Leningradi_Edasi_toimetus, lk 12
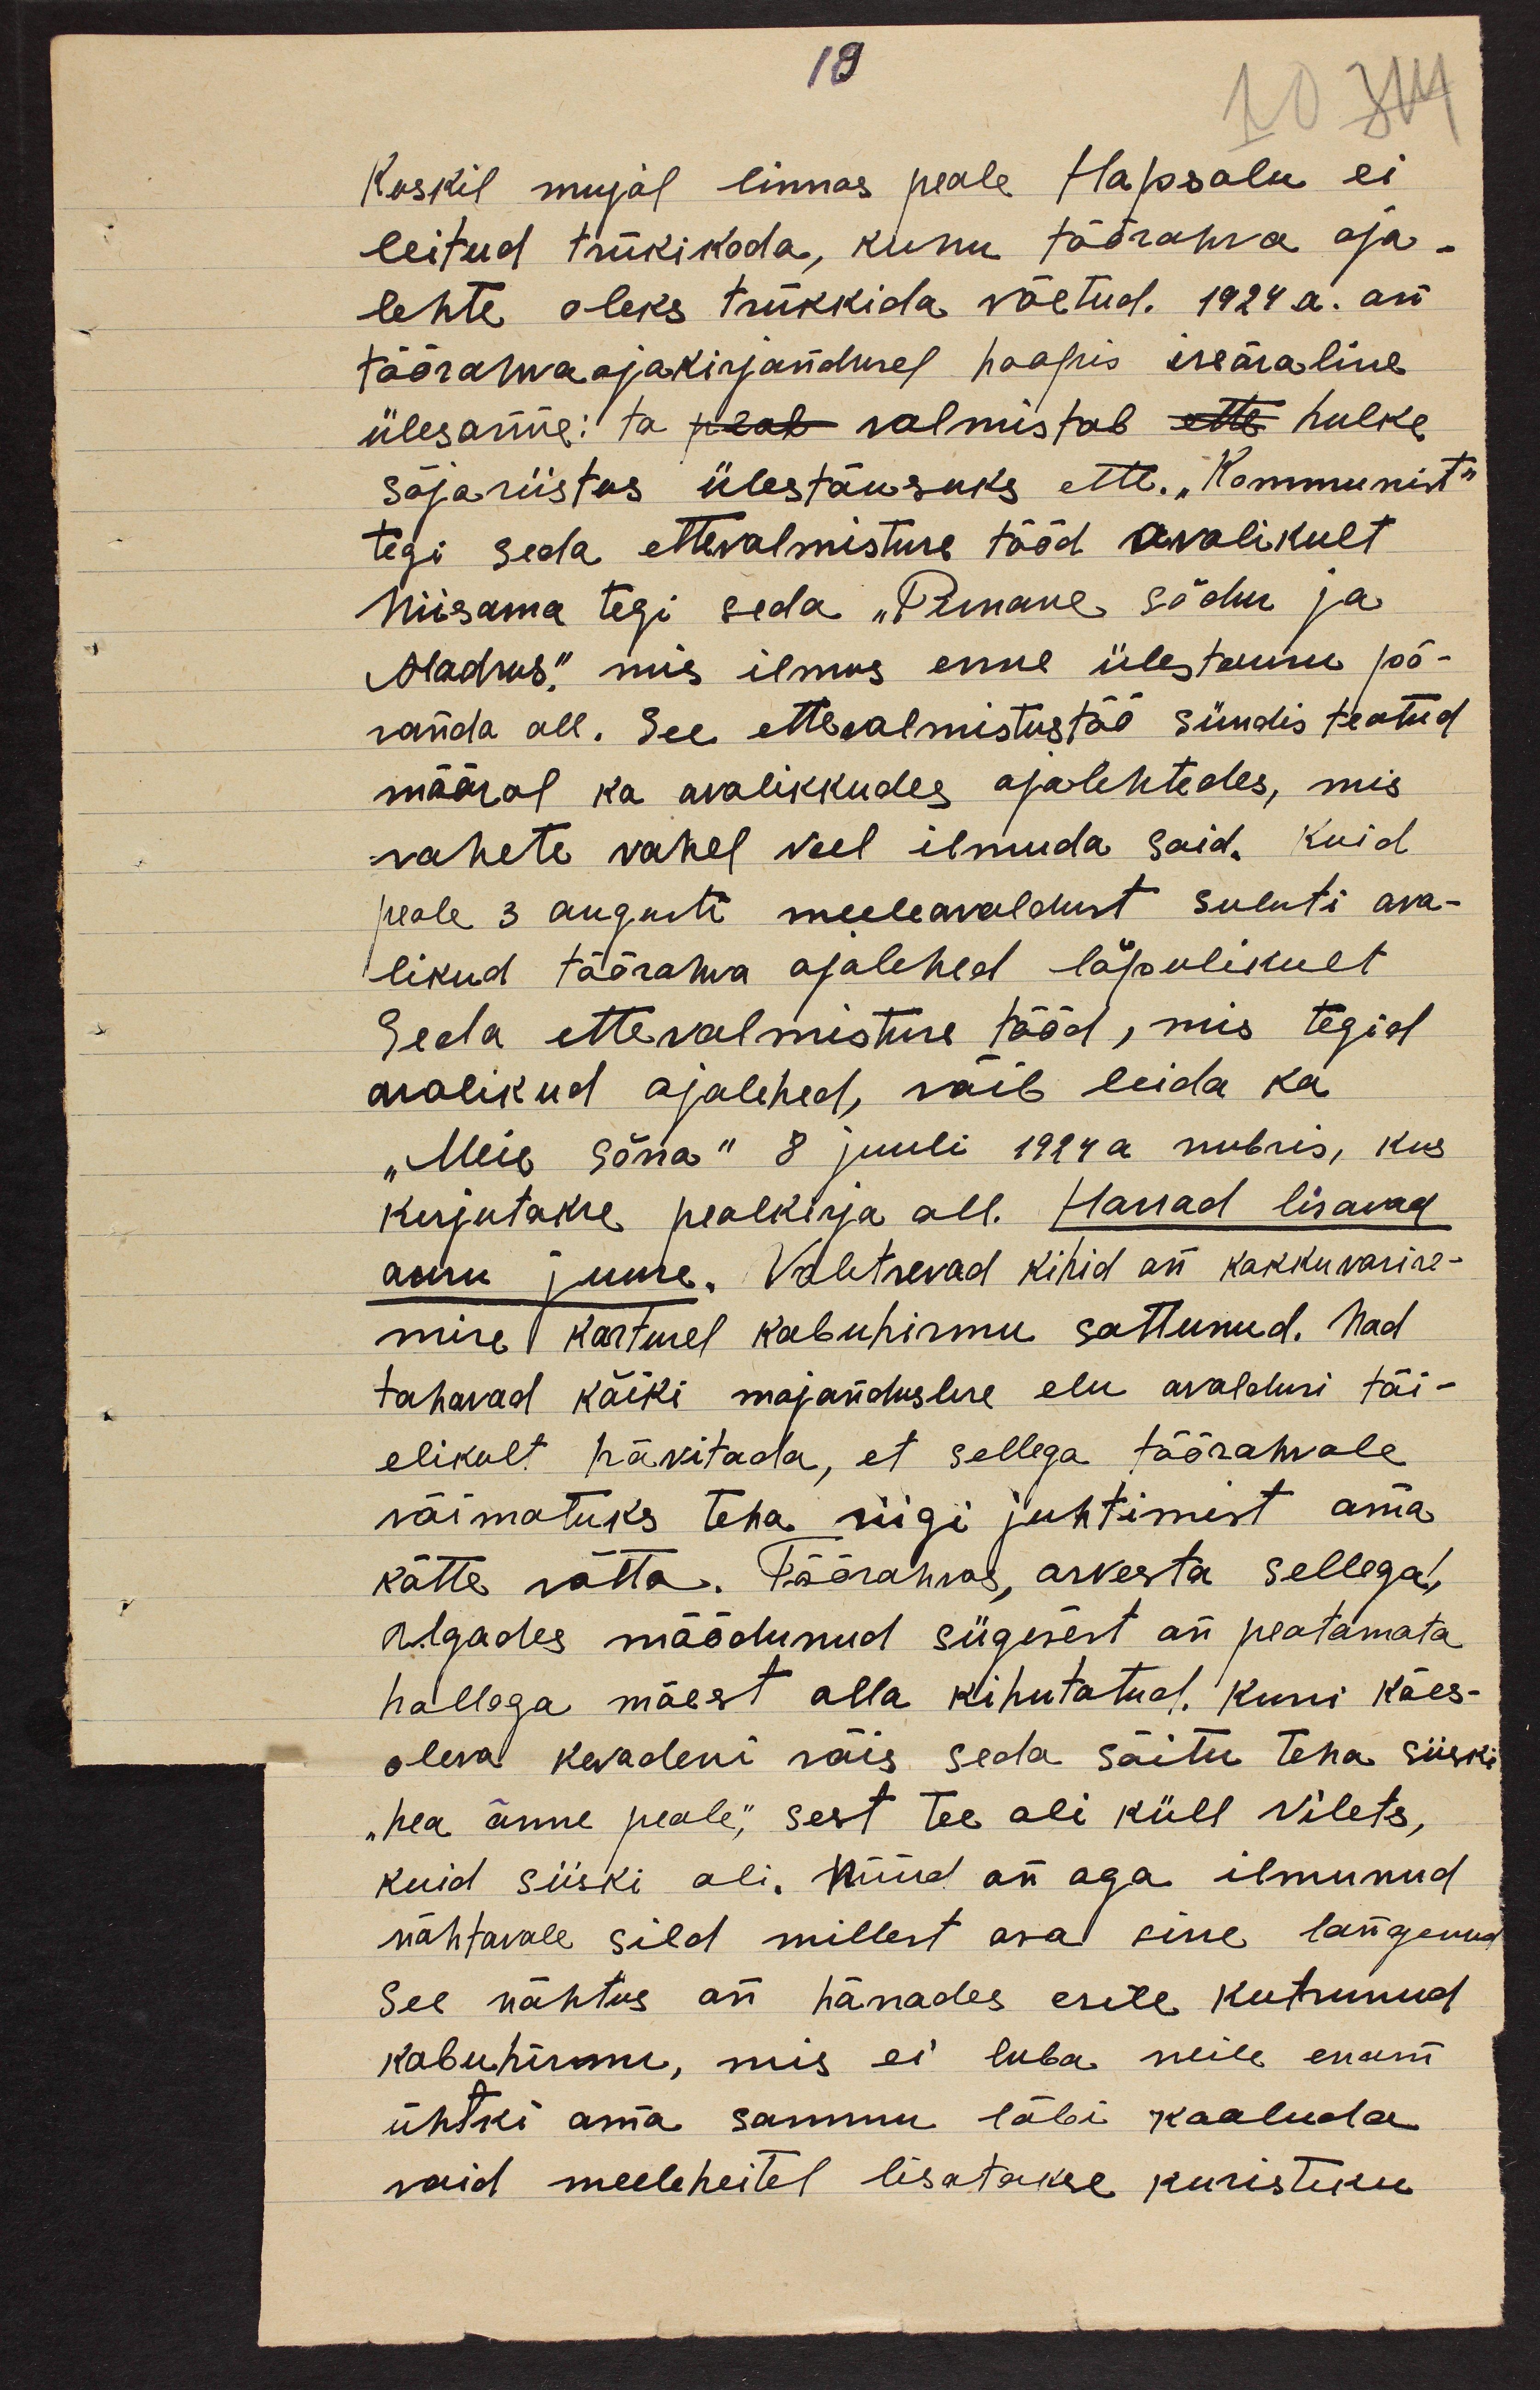
10

Kuskil mujal linnas peale Hapsalu ei
leitud trükikoda, kuhu töörahva aja-
lehte oleks trükkida võetud. 1924.a. on
töörahvaajakirjandusel hoopis iseäraline
ülesanne: ta peab valmistab ette hulke
sõjariistus ülestõusuks ette. "Kommunist"
tegi seda ettevalmistuse tööd avalikult
Niisama tegi seda "Punane sõdur ja
Madrus", mis ilmus enne ülestousu põ-
randa all. See ettevalmistustöö sündis teatud
määral ka avalikkudes ajalehtedes, mis
vahete vahel veel ilmuda said. Kuid
peale 3 augusti meeleavaldust suluti ava-
likud töörahva ajalehed lõpulikult
Seda ettevalmistuse tööd, mis tegid
avalikud ajalehed, võib leida ka
"Meie sõna" 8 juuli 1924 a nubris, kus
kirjutakse pealkirja all. Harrad lisavad
auru juure. Valitsevad kihid on kokkuvarise-
mise kartusel kabuhirmu sattunud. Nad
tahavad kõiki majanduslise elu avaldusi täi-
elikult hävitada, et sellega töörahvale
võimatuks teha riigi juhtimist oma
kätte võtta. Töörahvas, arvesta sellega!,
algades möödunud sügisest on peatamata
hallega mäest alla kihutatud. kuni käes-
oleva kevadeni võis seda sõitu teha siiski
"hea õnne peale," sest tee oli küll vilets,
kuid siiski oli. Nüüd on aga ilmunud
nähtavale sild millest osa sisse langenud
See nähtus on härrades esile kutsunud
kabuhirmu, mis ei luba neile enam
ühtki oma sammu läbi kaaluda
vaid meeleheitel lisatakse kuristiku